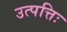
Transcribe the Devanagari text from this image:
उत्पत्तिः